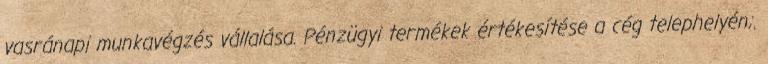
vasránapi munkavégzés vállalása. Pénzügyi termékek értékesítése a cég telephelyén;.